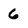
Character: 6